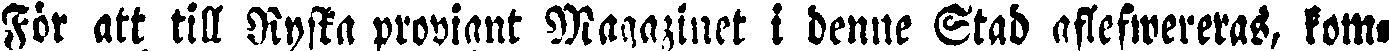
För att till Ryska proviant Maqazinet i denne Stad aflefwereras, kom-